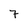
Character: 7